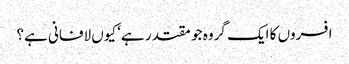
افسروں کا ایک گروہ جو مقتدر ہے‘ کیوں لافانی ہے؟